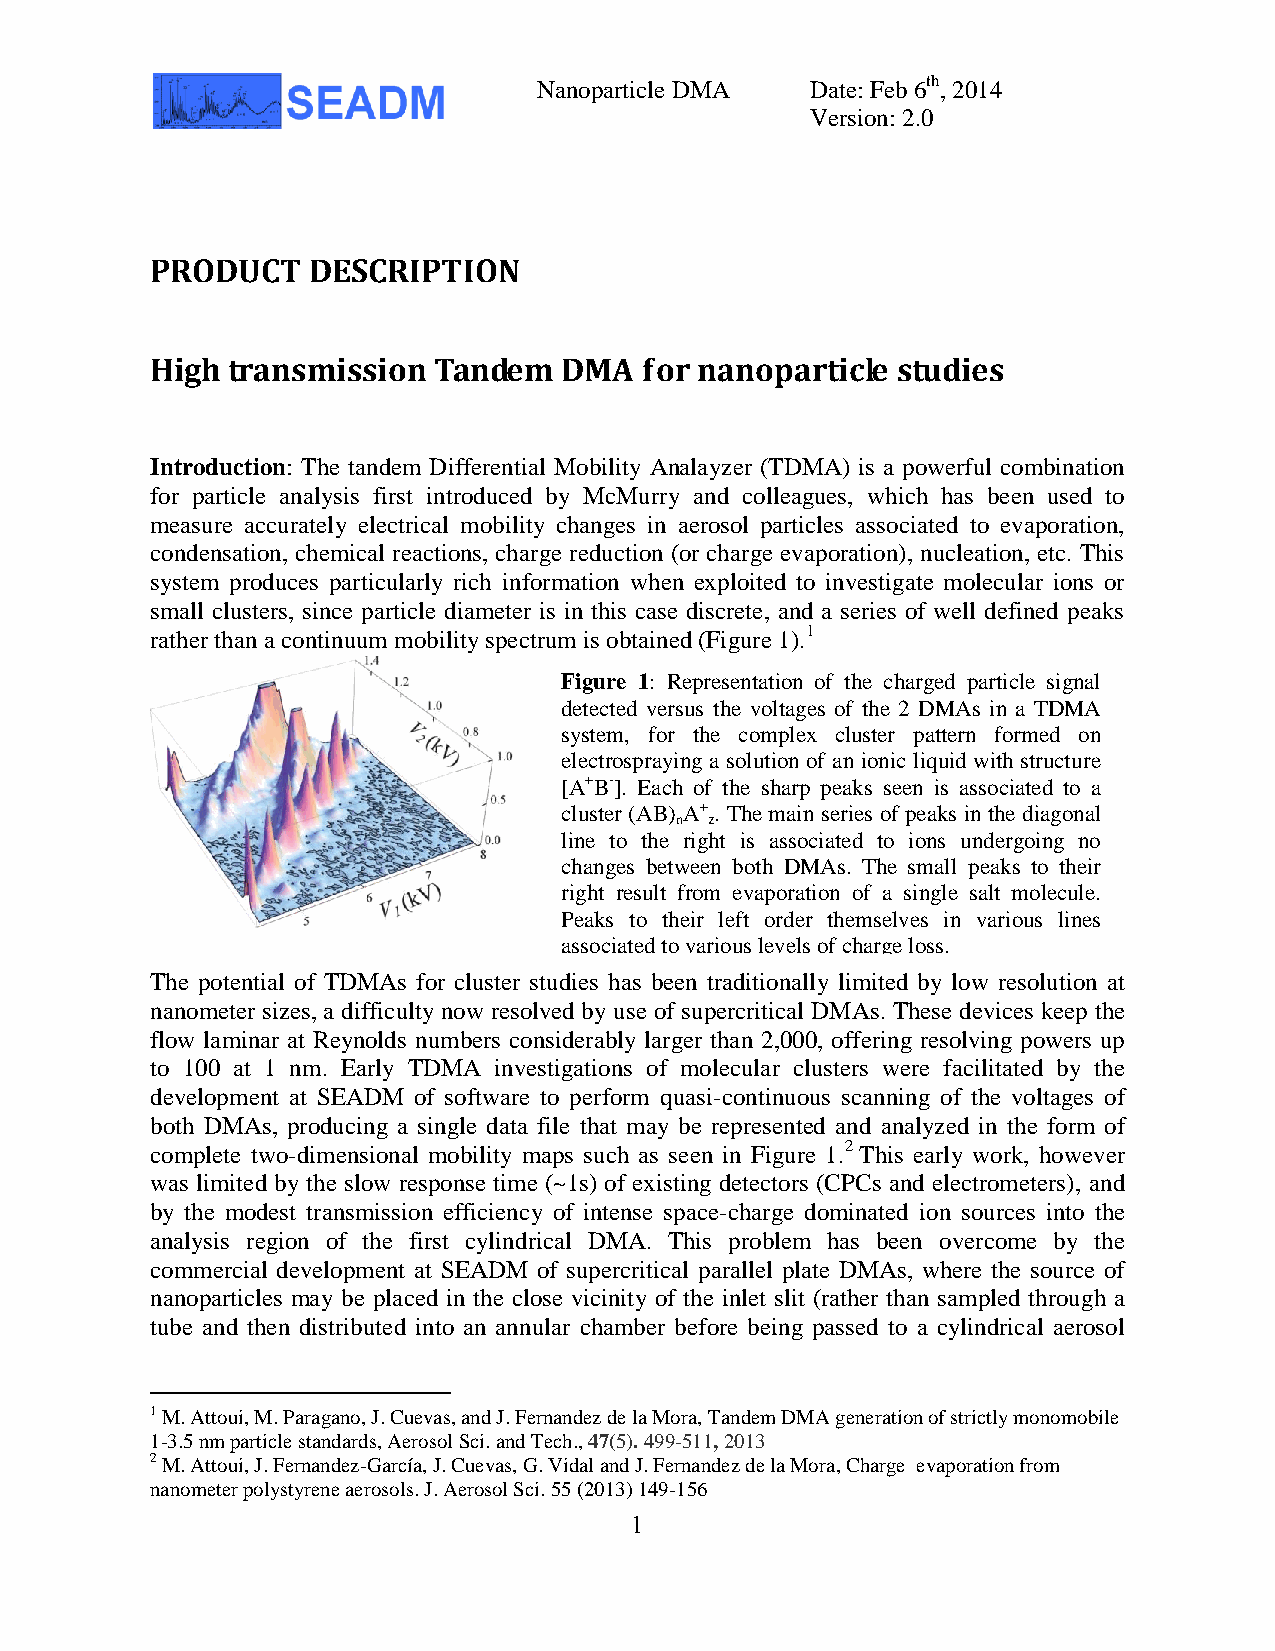
Nanoparticle DMA  Date: Feb 6th, 2014
 Version: 2.0
 PRODUCT   DESCRIPTION
 High transmission  Tandem  DMA   for nanoparticle studies
 Introduction: The tandem Differential Mobility Analayzer (TDMA) is a powerful combination
 for particle analysis first introduced by McMurry and colleagues, which has been used to
 measure accurately electrical mobility changes in aerosol particles associated to evaporation,
 condensation, chemical reactions, charge reduction (or charge evaporation), nucleation, etc. This
 system produces particularly rich information when exploited to investigate molecular ions or
 small clusters, since particle diameter is in this case discrete, and a series of well defined peaks
 rather than a continuum mobility spectrum is obtained (Figure 1).1
 Figure 1: Representation of the charged particle signal
 detected versus the voltages of the 2 DMAs in a TDMA
 system, for the complex cluster pattern formed on
 electrospraying a solution of an ionic liquid with structure
 [A+B-]. Each of the sharp peaks seen is associated to a
 cluster (AB) A+ . The main series of peaks in the diagonal
 n z
 line to the right is associated to ions undergoing no
 changes between both DMAs. The small peaks to their
 right result from evaporation of a single salt molecule.
 Peaks to their left order themselves in various lines
 associated to various levels of charge loss.
 The potential of TDMAs for cluster studies has been traditionally limited by low resolution at
 nanometer sizes, a difficulty now resolved by use of supercritical DMAs. These devices keep the
 flow laminar at Reynolds numbers considerably larger than 2,000, offering resolving powers up
 to 100 at 1 nm. Early TDMA investigations of molecular clusters were facilitated by the
 development at SEADM of software to perform quasi-continuous scanning of the voltages of
 both DMAs, producing a single data file that may be represented and analyzed in the form of
 complete two-dimensional mobility maps such as seen in Figure 1.2 This early work, however
 was limited by the slow response time (~1s) of existing detectors (CPCs and electrometers), and
 by the modest transmission efficiency of intense space-charge dominated ion sources into the
 analysis region of the first cylindrical DMA. This problem has been overcome by the
 commercial development at SEADM of supercritical parallel plate DMAs, where the source of
 nanoparticles may be placed in the close vicinity of the inlet slit (rather than sampled through a
 tube and then distributed into an annular chamber before being passed to a cylindrical aerosol
 1 M. Attoui, M. Paragano, J. Cuevas, and J. Fernandez de la Mora, Tandem DMA generation of strictly monomobile
 1-3.5 nm particle standards, Aerosol Sci. and Tech., 47(5). 499-511, 2013
 2 M. Attoui, J. Fernandez-García, J. Cuevas, G. Vidal and J. Fernandez de la Mora, Charge evaporation from
 nanometer polystyrene aerosols. J. Aerosol Sci. 55 (2013) 149-156
 1